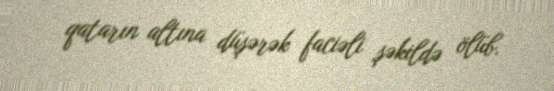
qatarın altına düşərək faciəli şəkildə ölüb.